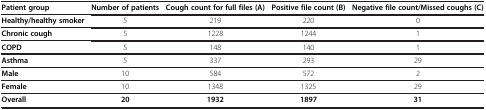
<table><thead><tr><td><b>Patient group</b></td><td><b>Number of patients</b></td><td><b>Cough count for full files (A)</b></td><td><b>Positive file count (B)</b></td><td><b>Negative file count/Missed coughs (C)</b></td></tr></thead><tbody><tr><td><b>Healthy/healthy smoker</b></td><td>5</td><td>219</td><td>220</td><td>0</td></tr><tr><td><b>Chronic cough</b></td><td>5</td><td>1228</td><td>1244</td><td>1</td></tr><tr><td><b>COPD</b></td><td>5</td><td>148</td><td>140</td><td>1</td></tr><tr><td><b>Asthma</b></td><td>5</td><td>337</td><td>293</td><td>29</td></tr><tr><td><b>Male</b></td><td>10</td><td>584</td><td>572</td><td>2</td></tr><tr><td><b>Female</b></td><td>10</td><td>1348</td><td>1325</td><td>29</td></tr><tr><td><b>Overall</b></td><td><b>20</b></td><td><b>1932</b></td><td><b>1897</b></td><td><b>31</b></td></tr></tbody></table>